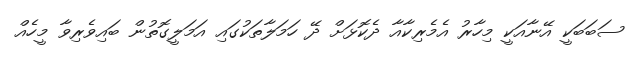
ސަބަބަކީ އޭނާއަކީ މިހާރު އެމެރިކާއާ ދެކޮޅަށް ދޭ ހަމަލާތަކުގައި އަމަލީގޮތުން ބައިވެރިވާ މީހެއް